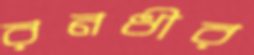
রনধীর